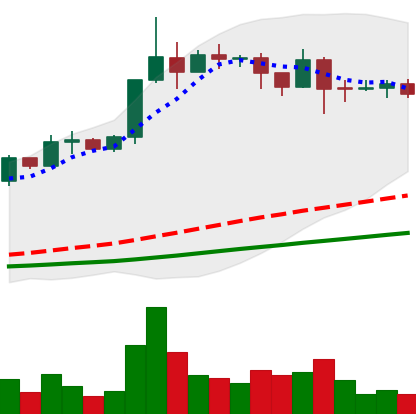
Ticker: ADA-USD
Chart end date: 2019-04-15
Forward return: -7.048%
Label: down_7plus